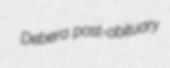
Debera post-obituary